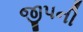
જીપની